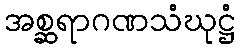
အစ္ဆရာဂဏသံဃုဋ္ဌံ